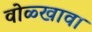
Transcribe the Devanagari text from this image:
वोळ्खावा